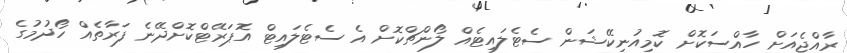
ރާއްޖެއަށް ހާއްސަކޮށް ކޮމިއުނިކޭޝަން ސެޓެލައިޓެއް ލޯންޗްކޮށް އެ ސެޓެލައިޓް އޮޕަރޭޓްކޮށްދޭނެ ފަރާތެއް ހޯދުމުގެ